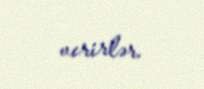
verirlər.